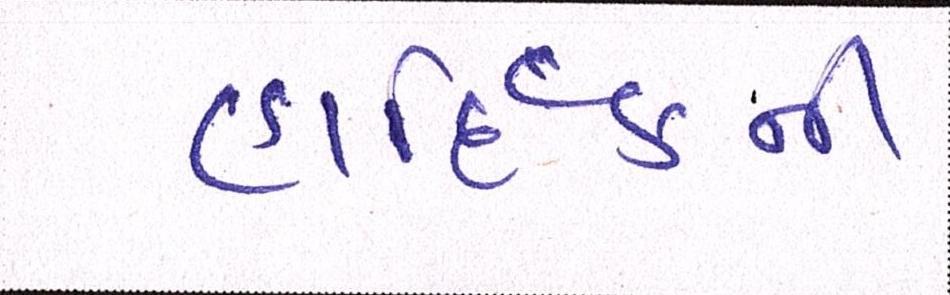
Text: હાદિર્કની